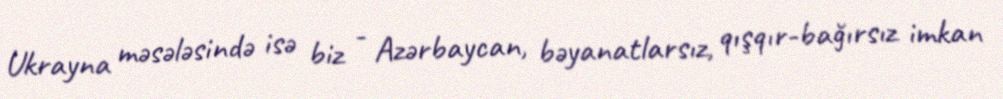
Ukrayna məsələsində isə biz - Azərbaycan, bəyanatlarsız, qışqır-bağırsız imkan